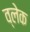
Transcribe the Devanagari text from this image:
व्लेक